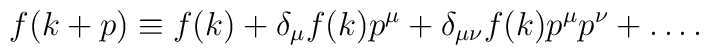
f(k+p) \equiv f(k) + \delta_\mu f(k) p^\mu + \delta_{\mu\nu} f(k)p^\mu p^\nu + \ldots.